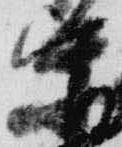
等